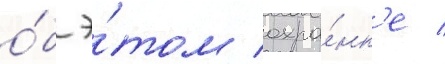
о́б э́том охра́нк'е /